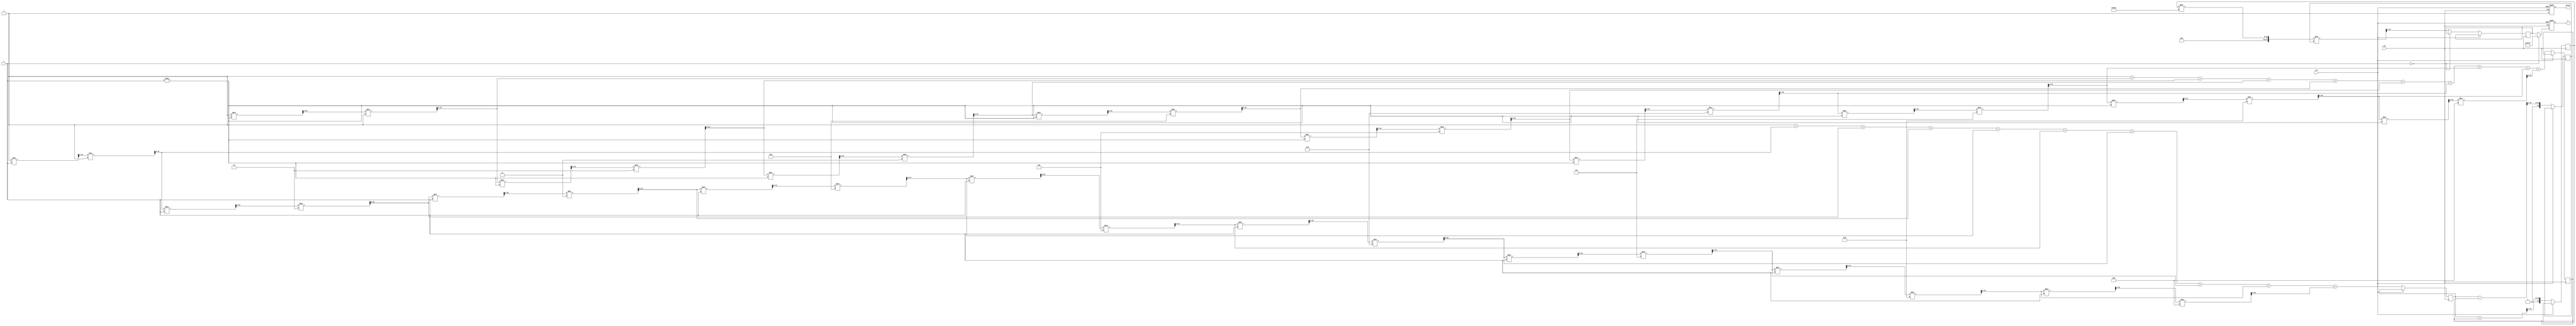
module hyperbolic_coth #(
    parameter N = 16,  // Total bits for input (n + m)
    parameter P = 16,  // Total bits for output (p + q)
    parameter M = 8    // Fractional bits
)(
    input wire clk,
    input wire rst,
    input wire [N-1:0] x,   // Input fixed-point representation of X
    output reg [P-1:0] y,    // Output fixed-point representation of Y = coth(X)
    output reg valid          // Output valid signal
);

    // Internal signals
    reg [N-1:0] exp_x;
    reg [N-1:0] exp_neg_x;
    reg [N-1:0] cosh_x;
    reg [N-1:0] sinh_x;
    reg [N-1:0] coth_x;
    
    // Polynomial approximation for e^x
    function [N-1:0] exp_approx(input [N-1:0] x);
        reg [N-1:0] result;
        reg [N-1:0] term;
        integer i;
        begin
            result = 0;
            term = 1; // e^0 = 1
            for (i = 0; i < 10; i = i + 1) begin // 10 terms for approximation
                result = result + term;
                term = (term * x) >> M; // Multiply by x and shift for fixed-point
                term = term / (i + 1); // Divide by factorial
            end
            exp_approx = result;
        end
    endfunction

    // Main computation block
    always @(posedge clk or posedge rst) begin
        if (rst) begin
            y <= 0;
            valid <= 0;
        end else begin
            // Compute e^X and e^(-X)
            exp_x <= exp_approx(x);
            exp_neg_x <= exp_approx(-x);
            
            // Compute cosh(X) and sinh(X)
            cosh_x <= (exp_x + exp_neg_x) >> 1; // cosh(X) = (e^X + e^(-X)) / 2
            sinh_x <= (exp_x - exp_neg_x) >> 1; // sinh(X) = (e^X - e^(-X)) / 2
            
            // Handle special case for x = 0
            if (x == 0) begin
                y <= {P{1'b1}}; // Set to max value for infinity
            end else begin
                // Compute coth(X) = cosh(X) / sinh(X)
                coth_x <= cosh_x * (1 << M) / sinh_x; // Scale to fixed-point
                y <= coth_x;
            end
            
            valid <= 1; // Indicate output is valid
        end
    end

endmodule